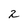
Character: 2